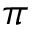
\pi